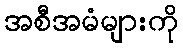
အစီအမံများကို